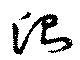
測